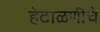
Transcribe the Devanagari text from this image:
हेटाळणीचे